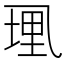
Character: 𫡭